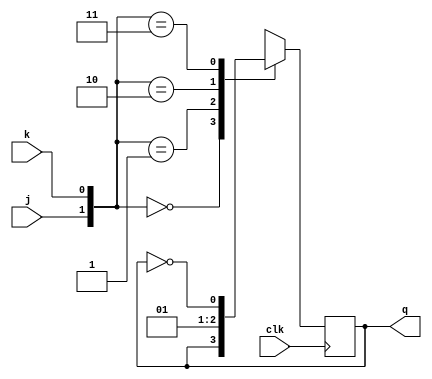
module lab2ex3a(input j, k, clk, output reg q);


always @ (posedge clk)
	case({j,k})
		2'b00 : q <= q;
		2'b01 : q <= 0;
		2'b10 : q <= 1;
		2'b11 : q <= ~q;
	endcase
endmodule